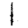
Digit: 1